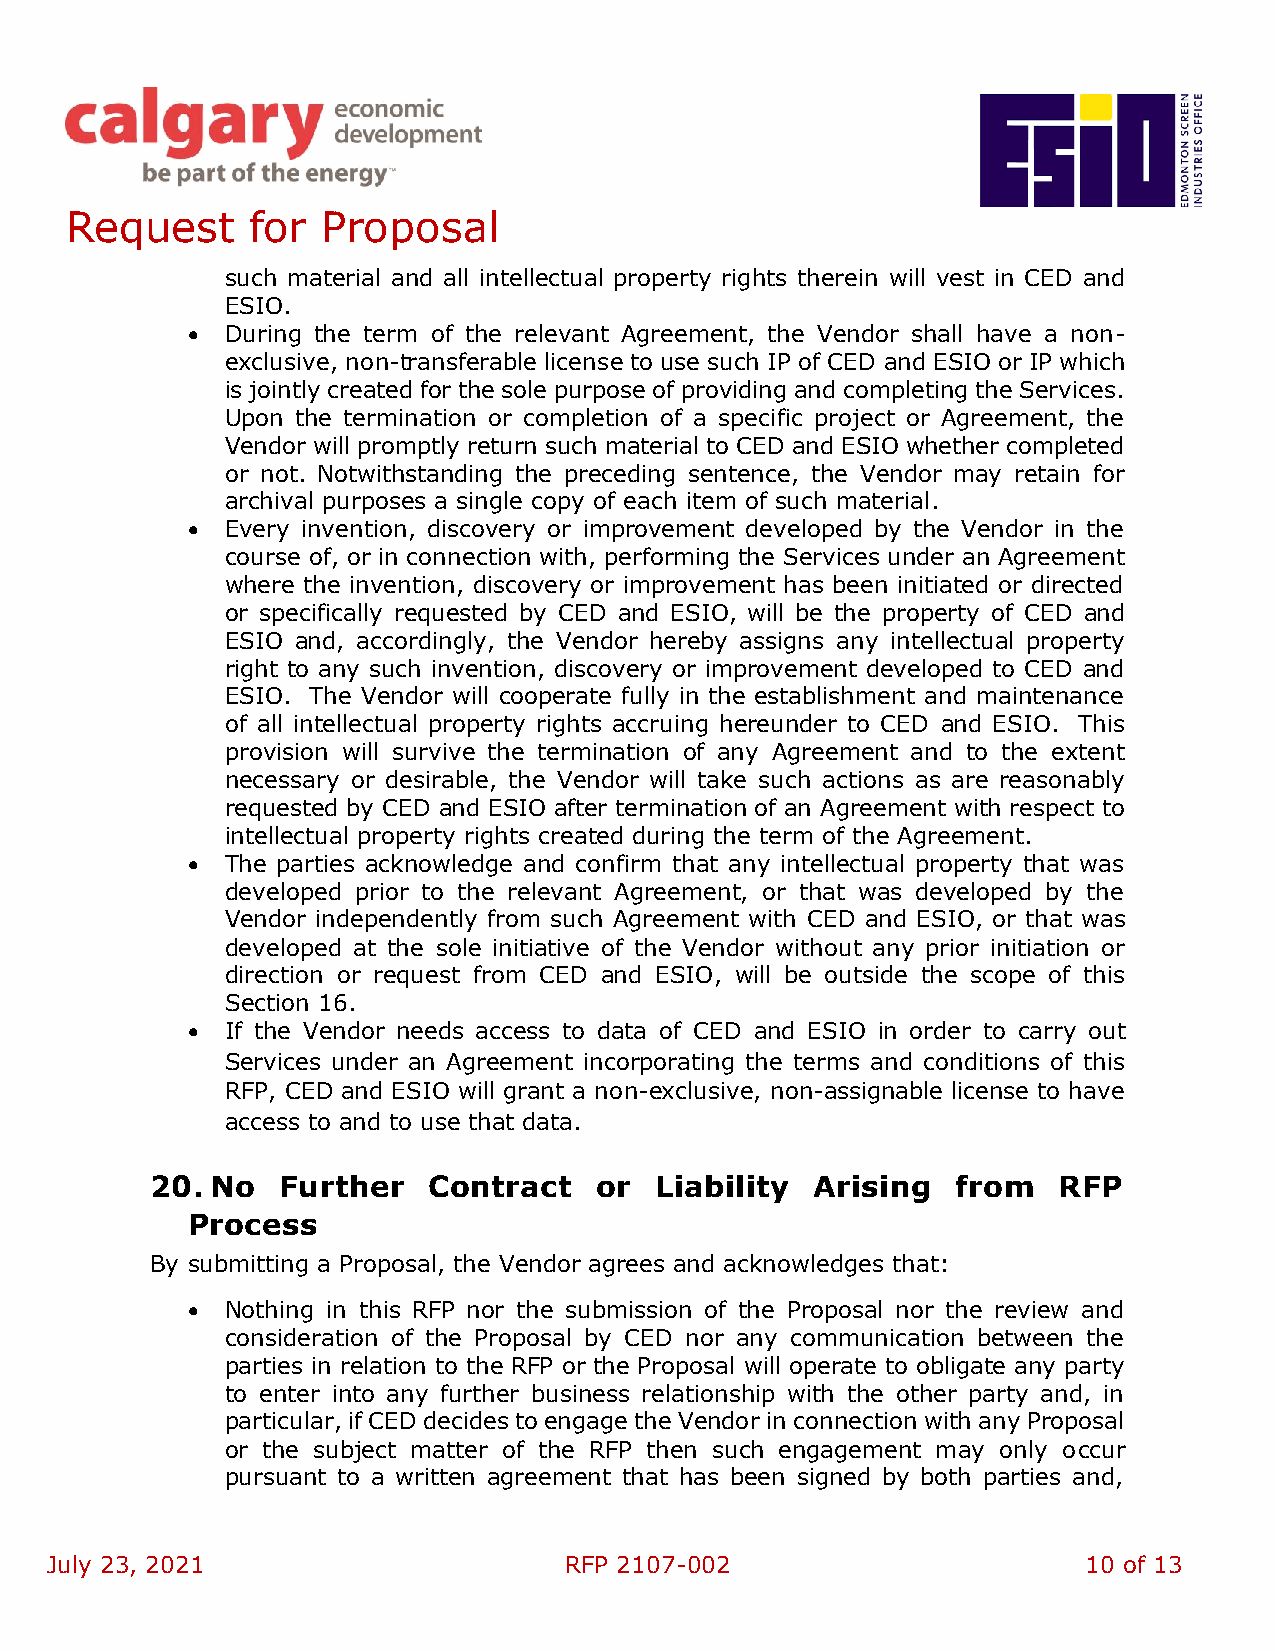
Request      for Proposal
 such material and all intellectual property rights therein will vest in CED and
 ESIO.
 •  During the term of the relevant Agreement, the Vendor shall have a non-
 exclusive, non-transferable license to use such IP of CED and ESIO or IP which
 is jointly created for the sole purpose of providing and completing the Services.
 Upon the termination or completion of a specific project or Agreement, the
 Vendor will promptly return such material to CED and ESIO whether completed
 or not. Notwithstanding the preceding sentence, the Vendor may retain for
 archival purposes a single copy of each item of such material.
 •  Every invention, discovery or improvement developed by the Vendor in the
 course of, or in connection with, performing the Services under an Agreement
 where the invention, discovery or improvement has been initiated or directed
 or specifically requested by CED and ESIO, will be the property of CED and
 ESIO and, accordingly, the Vendor hereby assigns any intellectual property
 right to any such invention, discovery or improvement developed to CED and
 ESIO. The Vendor will cooperate fully in the establishment and maintenance
 of all intellectual property rights accruing hereunder to CED and ESIO. This
 provision will survive the termination of any Agreement and to the extent
 necessary or desirable, the Vendor will take such actions as are reasonably
 requested by CED and ESIO after termination of an Agreement with respect to
 intellectual property rights created during the term of the Agreement.
 •  The parties acknowledge and confirm that any intellectual property that was
 developed prior to the relevant Agreement, or that was developed by the
 Vendor independently from such Agreement with CED and ESIO, or that was
 developed at the sole initiative of the Vendor without any prior initiation or
 direction or request from CED and ESIO, will be outside the scope of this
 Section 16.
 •  If the Vendor needs access to data of CED and ESIO in order to carry out
 Services under an Agreement incorporating the terms and conditions of this
 RFP, CED and ESIO will grant a non-exclusive, non-assignable license to have
 access to and to use that data.
 20. No  Further   Contract   or  Liability  Arising  from   RFP
 Process
 By submitting a Proposal, the Vendor agrees and acknowledges that:
 •  Nothing in this RFP nor the submission of the Proposal nor the review and
 consideration of the Proposal by CED nor any communication between the
 parties in relation to the RFP or the Proposal will operate to obligate any party
 to enter into any further business relationship with the other party and, in
 particular, if CED decides to engage the Vendor in connection with any Proposal
 or the subject matter of the RFP then such engagement may only occur
 pursuant to a written agreement that has been signed by both parties and,
 July 23, 2021                     RFP 2107-002                       10 of 13